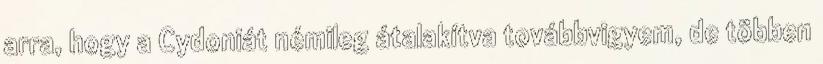
arra, hogy a Cydoniát némileg átalakítva továbbvigyem, de többen